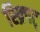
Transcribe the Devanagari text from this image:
स्क्र्पिट्